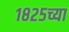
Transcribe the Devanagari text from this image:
१८२५च्या